system: You are a helpful assistant.
user:
Analyze the provided spectrum to determine if it is a **"Cataclysmic Variables (CV)"**.

- **Key Indicators for CV (Check for either state):**
    - **State 1: Quiescent / Low-State (Emission-Dominated)**
        - **(Primary):** Strong and *very broad* Hydrogen Balmer emission lines (e.g., $H\alpha$ at 6563 Å, $H\beta$ at 4861 Å). The 'broadness' (high velocity dispersion, often FWHM > 1000 km/s) is the key diagnostic, indicating a high-velocity accretion disk.
        - **(Secondary):** Broad neutral Helium (He I) emission lines (e.g., 5876 Å, 6678 Å).
        - **(Key Confirmation):** Presence of high-excitation *ionized* Helium (He II) emission at 4686 Å. This is a strong indicator of accretion onto a white dwarf.
        - **(Line Profile):** Emission lines may exhibit a 'double-peaked' profile, which is a classic signature of a rotating accretion disk viewed at high inclination.

    - **State 2: Outburst / High-State (Absorption-Dominated)**
        - **(Primary):** Spectrum is dominated by a bright, blue continuum (looks like a hot star).
        - **(Secondary):** The emission lines from State 1 are weak, absent, or 'filled in', and are replaced by broad, shallow *absorption* lines (primarily Balmer and He I).
        - **(Morphology):** The overall spectrum mimics a hot B/A-type star. The crucial difference is that the absorption lines are significantly broader, shallower, and more 'washed-out' (or 'smeared') than the sharp lines of a normal stellar photosphere, due to high rotational speeds and pressure broadening in the disk.

Think first, call **spectral_visualization_tool** if needed to examine features in detail, then provide your final answer. Your response must adhere to the following strict rules:
1.  **Overall Structure:** Your response must follow the format `<think>...</think> <tool_call>...</tool_call> (if a tool is used) <answer>...</answer>`.
2.  **Tool Usage Constraint:** You may only make **one** tool call per turn.
3.  **Final Answer Format:** In the `<answer>` tag, your conclusion must be inside a `\boxed{}` command (e.g., `\boxed{YES}`), followed by your justification.

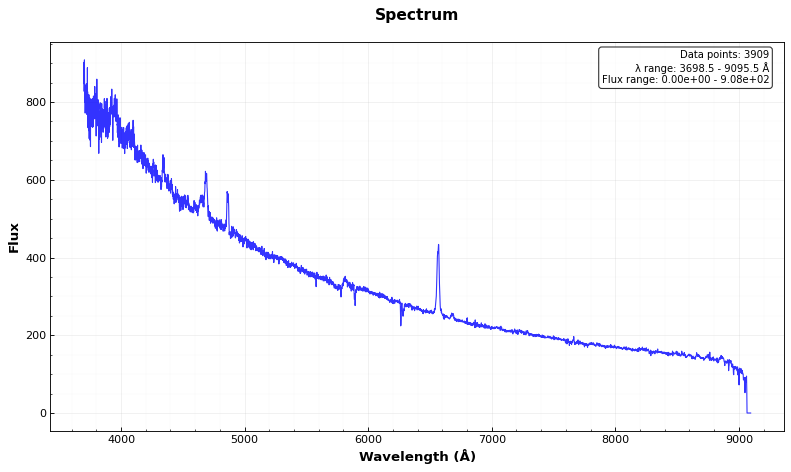
Answer: YES